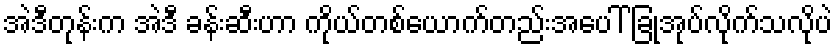
အဲဒီတုန်းက အဲဒီ ခန်းဆီးဟာ ကိုယ်တစ်ယောက်တည်းအပေါ် ခြုံအုပ်လိုက်သလိုပဲ